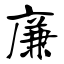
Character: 廉